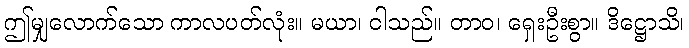
ဤမျှလောက်သော ကာလပတ်လုံး။ မယာ၊ ငါသည်။ တာဝ၊ ရှေးဦးစွာ။ ဒိဋ္ဌောသိ၊